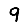
Digit: 9